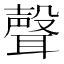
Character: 聲